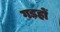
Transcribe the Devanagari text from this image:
गड़हों